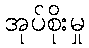
အုပ်စိုးမှု